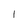
Character: 1